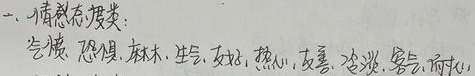
一、情感态度类：气愤、恐惧、麻木、生气、友好、热心、友善、冷淡、客气、耐心